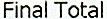
FINAL TOTAL